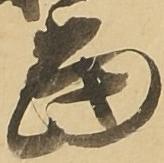
当